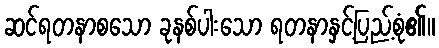
ဆင်ရတနာစသော ခုနစ်ပါးသော ရတနာနှင့်ပြည့်စုံ၏။